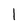
Character: 1